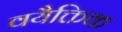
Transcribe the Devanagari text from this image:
वयैक्तिक